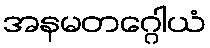
အနမတဂ္ဂေါယံ